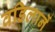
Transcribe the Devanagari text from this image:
वडिलानें